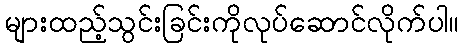
များထည့်သွင်းခြင်းကိုလုပ်ဆောင်လိုက်ပါ။